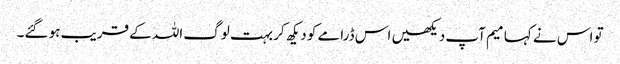
تو اس نے کہا میم آپ دیکھیں اس ڈرامے کو دیکھ کر بہت لوگ اللہ کے قریب ہو گئے۔